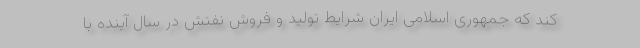
کند که جمهوری اسلامی ایران شرایط تولید و فروش نفتش در سال آینده با